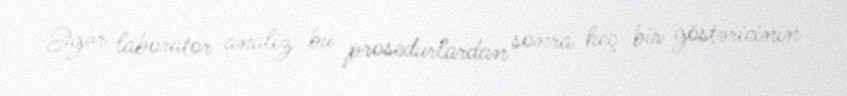
Əgər laborator analiz bu prosedurlardan sonra heç bir göstəricinin